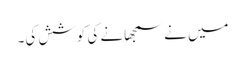
میں نے سمجھانے کی کوشش کی۔